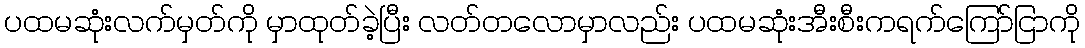
ပထမဆုံးလက်မှတ်ကို မှာထုတ်ခဲ့ပြီး လတ်တလောမှာလည်း ပထမဆုံးအီးစီးကရက်ကြော်ငြာကို